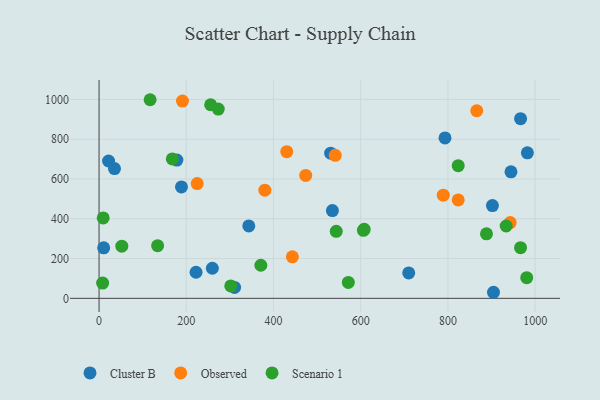
{"axis": {"x": "Ad Spend", "y": "Demand"}, "legend": ["Cluster B", "Observed", "Scenario 1"], "data": [{"x": "35.4", "y": 652.5, "type": "Cluster B"}, {"x": "982.2", "y": 731.5, "type": "Cluster B"}, {"x": "10.6", "y": 253.9, "type": "Cluster B"}, {"x": "310.8", "y": 54.9, "type": "Cluster B"}, {"x": "178.5", "y": 695.1, "type": "Cluster B"}, {"x": "531.1", "y": 730.0, "type": "Cluster B"}, {"x": "902.1", "y": 466.2, "type": "Cluster B"}, {"x": "944.6", "y": 636.3, "type": "Cluster B"}, {"x": "222.4", "y": 131.1, "type": "Cluster B"}, {"x": "189.0", "y": 560.0, "type": "Cluster B"}, {"x": "21.8", "y": 690.5, "type": "Cluster B"}, {"x": "343.4", "y": 364.2, "type": "Cluster B"}, {"x": "966.6", "y": 903.5, "type": "Cluster B"}, {"x": "904.5", "y": 30.5, "type": "Cluster B"}, {"x": "259.8", "y": 151.3, "type": "Cluster B"}, {"x": "710.1", "y": 127.6, "type": "Cluster B"}, {"x": "793.3", "y": 806.4, "type": "Cluster B"}, {"x": "535.1", "y": 441.5, "type": "Cluster B"}, {"x": "225.1", "y": 577.0, "type": "Observed"}, {"x": "443.3", "y": 208.5, "type": "Observed"}, {"x": "541.6", "y": 719.3, "type": "Observed"}, {"x": "942.8", "y": 380.9, "type": "Observed"}, {"x": "823.6", "y": 494.7, "type": "Observed"}, {"x": "866.1", "y": 943.2, "type": "Observed"}, {"x": "191.3", "y": 991.6, "type": "Observed"}, {"x": "430.4", "y": 737.6, "type": "Observed"}, {"x": "380.2", "y": 543.9, "type": "Observed"}, {"x": "473.9", "y": 618.2, "type": "Observed"}, {"x": "789.3", "y": 518.6, "type": "Observed"}, {"x": "571.6", "y": 80.1, "type": "Scenario 1"}, {"x": "933.6", "y": 363.8, "type": "Scenario 1"}, {"x": "980.7", "y": 104.1, "type": "Scenario 1"}, {"x": "168.0", "y": 700.9, "type": "Scenario 1"}, {"x": "371.0", "y": 166.3, "type": "Scenario 1"}, {"x": "302.0", "y": 62.6, "type": "Scenario 1"}, {"x": "117.1", "y": 998.6, "type": "Scenario 1"}, {"x": "608.0", "y": 347.0, "type": "Scenario 1"}, {"x": "888.4", "y": 324.4, "type": "Scenario 1"}, {"x": "606.2", "y": 342.1, "type": "Scenario 1"}, {"x": "273.4", "y": 951.8, "type": "Scenario 1"}, {"x": "823.6", "y": 667.1, "type": "Scenario 1"}, {"x": "52.2", "y": 262.4, "type": "Scenario 1"}, {"x": "134.3", "y": 264.8, "type": "Scenario 1"}, {"x": "543.9", "y": 337.0, "type": "Scenario 1"}, {"x": "255.9", "y": 973.4, "type": "Scenario 1"}, {"x": "9.5", "y": 404.3, "type": "Scenario 1"}, {"x": "8.2", "y": 77.0, "type": "Scenario 1"}, {"x": "966.5", "y": 254.7, "type": "Scenario 1"}]}